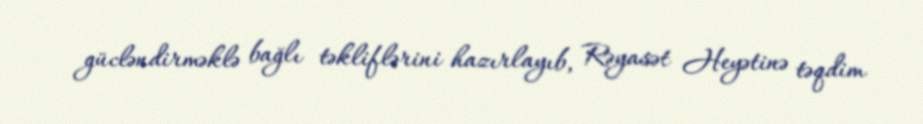
gücləndirməklə bağlı təkliflərini hazırlayıb, Rəyasət Heyətinə təqdim